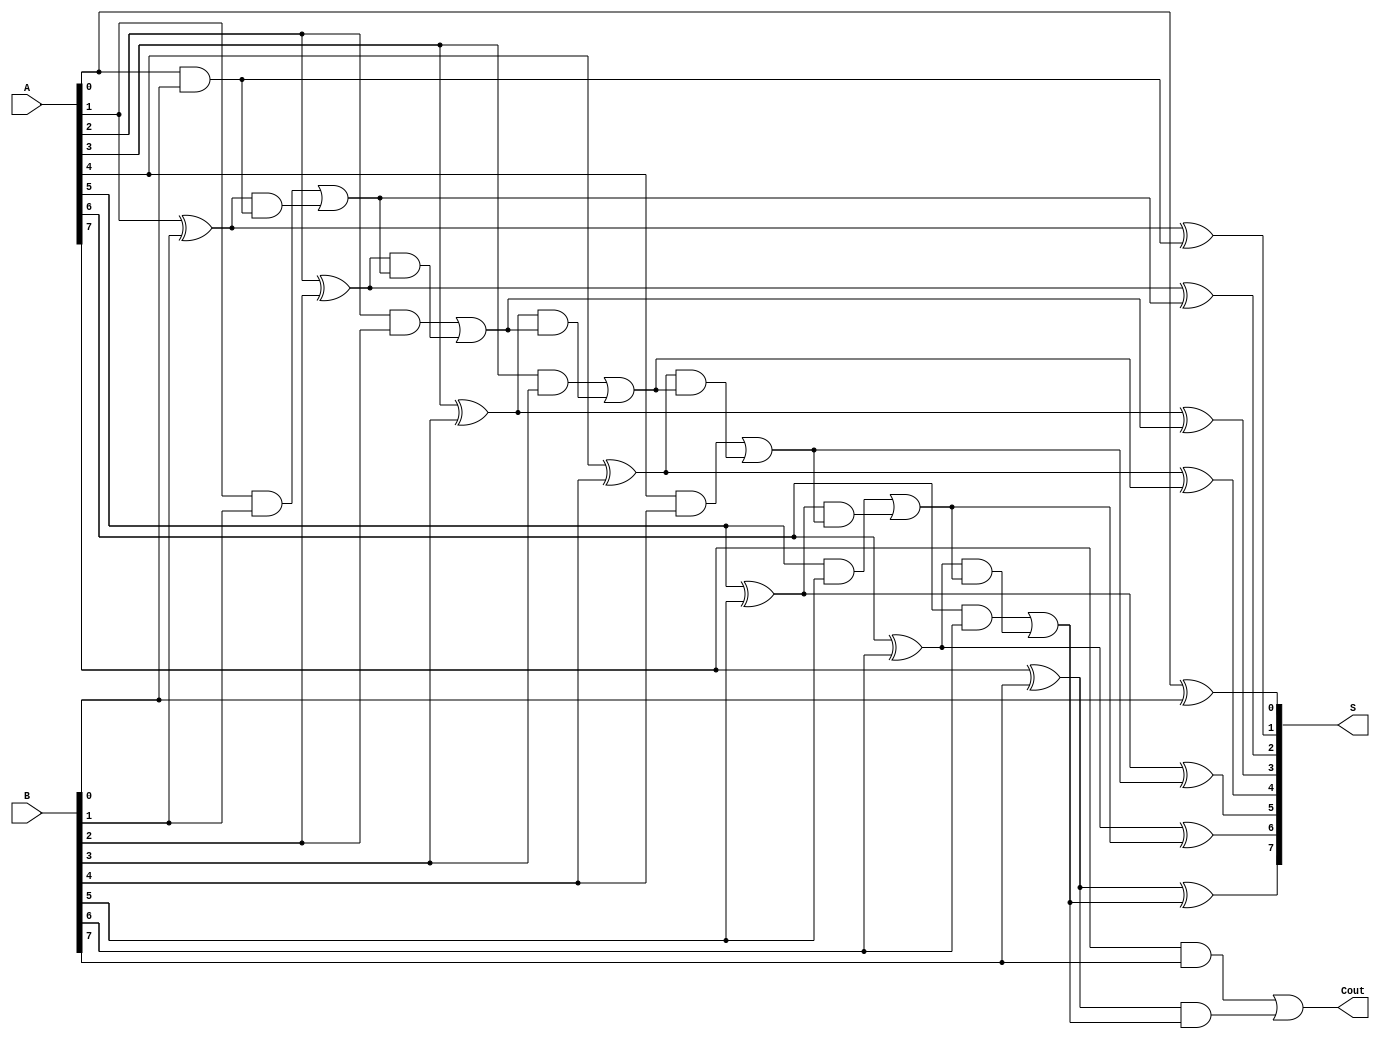
module carry_lookahead_adder(
    input wire [7:0] A,
    input wire [7:0] B,
    output wire [7:0] S,
    output wire Cout
);

wire [8:0] P, G, C;

assign P[0] = A[0] ^ B[0];
assign G[0] = A[0] & B[0];
assign C[0] = G[0];

genvar i;
generate
    for (i = 1; i < 8; i = i + 1) begin
        assign P[i] = A[i] ^ B[i];
        assign G[i] = A[i] & B[i];
        assign C[i] = G[i] | (P[i] & C[i-1]);
    end
endgenerate

assign S[0] = P[0];
assign Cout = C[7];
assign S[1] = P[1] ^ C[0];
assign S[2] = P[2] ^ C[1];
assign S[3] = P[3] ^ C[2];
assign S[4] = P[4] ^ C[3];
assign S[5] = P[5] ^ C[4];
assign S[6] = P[6] ^ C[5];
assign S[7] = P[7] ^ C[6];

endmodule